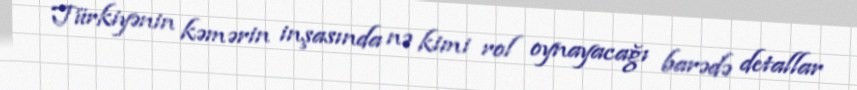
Türkiyənin kəmərin inşasında nə kimi rol oynayacağı barədə detallar